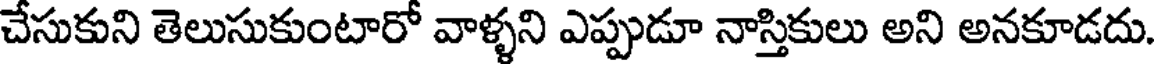
చేసుకుని తెలుసుకుంటారో వాళ్ళని ఎప్పుడూ నాస్తికులు అని అనకూడదు.